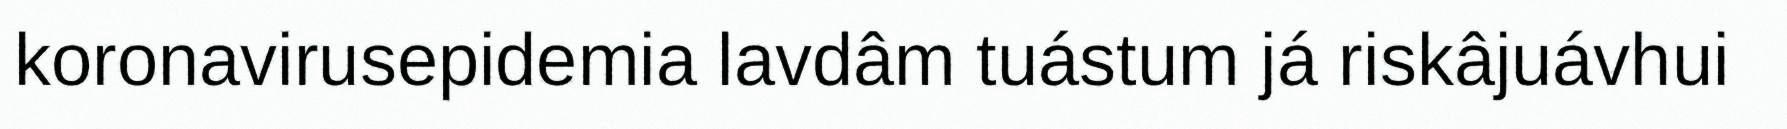
koronavirusepidemia lavdâm tuástum já riskâjuávhui